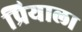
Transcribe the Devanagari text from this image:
प्रियाला